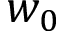
w _ { 0 }